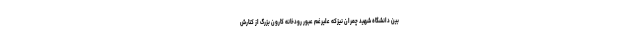
بین دانشگاه شهید چمران نیزکه علیرغم عبور رودخانه کارون بزرگ از کنارش